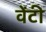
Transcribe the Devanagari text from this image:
वेंटी